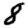
Digit: 8